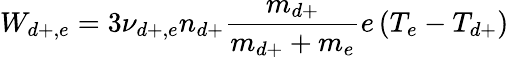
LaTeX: W_{d+,e}=3\nu_{d+,e}n_{d+}\frac{m_{d+}}{m_{d+}+m_{e}}e\left(T_{e}-T_{d+}\right)